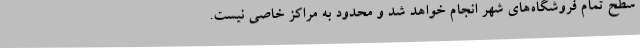
سطح تمام فروشگاه‌های شهر انجام خواهد شد و محدود به مراکز خاصی نیست.